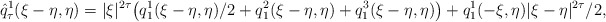
\begin{align*}\hat{q}_{\tau}^1(\xi-\eta, \eta) = |\xi|^{2\tau} \big(q_{1}^1(\xi-\eta, \eta)/2 + q_1^2(\xi-\eta, \eta) +q_1^3(\xi-\eta, \eta)\big)+q_1^1(-\xi, \eta)|\xi-\eta|^{2\tau}/2,\end{align*}